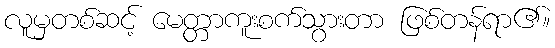
လူမှတစ်ဆင့် မေတ္တာကူးစက်သွားတာ ဖြစ်တန်ရာ၏။